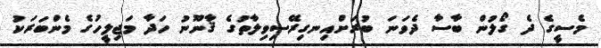
މެސީގެ ދެ ގޯލުން ބާސާ ދެވަނަ ބުރަށްއިނގިރޭސިވިލާތުގެ ޤާނޫނު ހަދާ މަޖިލީހުގެ މެންބަރަކު